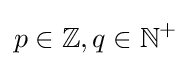
p\in \mathbb {Z} ,q\in \mathbb {N} ^{+}